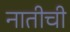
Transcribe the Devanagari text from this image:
नातीची